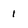
Character: 1